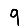
Digit: 9